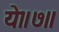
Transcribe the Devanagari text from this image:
ये॥७॥